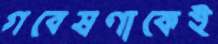
গবেষণাকেই